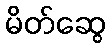
မိတ်ဆွေ